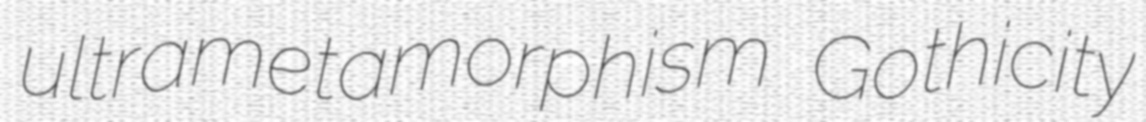
ultrametamorphism Gothicity